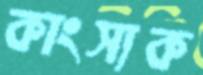
কাংস্যক